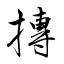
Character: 摶